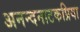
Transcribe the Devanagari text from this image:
अनन्दनाटकप्रिया